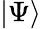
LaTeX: \left\lvert\Psi\right\rangle